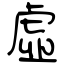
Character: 虛